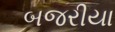
બજરીયા